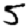
Digit: 5